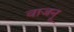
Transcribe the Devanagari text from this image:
वाजनू